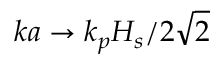
k a \rightarrow k _ { p } H _ { s } / 2 \sqrt { 2 }